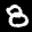
Label: 8